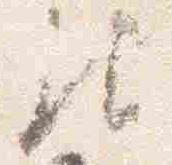
此